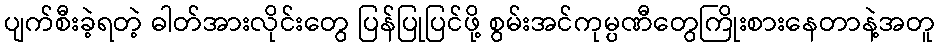
ပျက်စီးခဲ့ရတဲ့ ဓါတ်အားလိုင်းတွေ ပြန်ပြုပြင်ဖို့ စွမ်းအင်ကုမ္ပဏီတွေကြိုးစားနေတာနဲ့အတူ